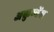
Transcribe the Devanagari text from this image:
अकुम्बेंस